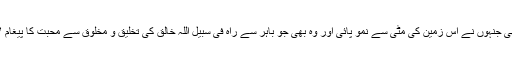
وہ بھی جنہوں نے اس زمین کی مٹی سے نُموُ پائی اور وہ بھی جو باہر سے راہِ فی سبیل اللّہ خالق کی تخلیق و مخلوق سے محبت کا پیغام لائے۔